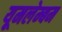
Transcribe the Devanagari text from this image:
यूमलेम्बम